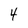
Character: 4